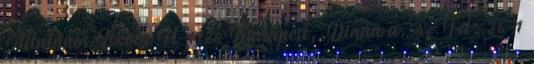
Általános Iskola H-1125 Budapest, Diana u. 4. Tel: 36-1